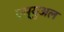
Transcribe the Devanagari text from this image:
एम्युअल